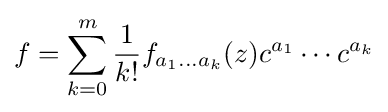
f=\sum _{k=0}^{m}{\frac {1}{k!}}f_{a_{1}\ldots a_{k}}(z)c^{a_{1}}\cdots c^{a_{k}}